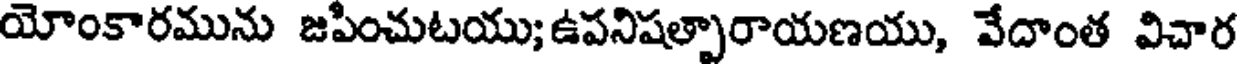
యోంకారమును జపించుటయు;ఉపనిషత్పారాయణయు, వేదాంత విచార